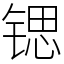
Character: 锶